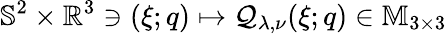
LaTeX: \mathbb{S}^{2}\times\mathbb{R}^{3}\ni(\xi;q)\mapsto\mathcal{Q}_{\lambda,\nu}(\xi;q)\in\mathbb{M}_{3\times 3}